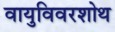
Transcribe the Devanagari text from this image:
वायुविवरशोथ